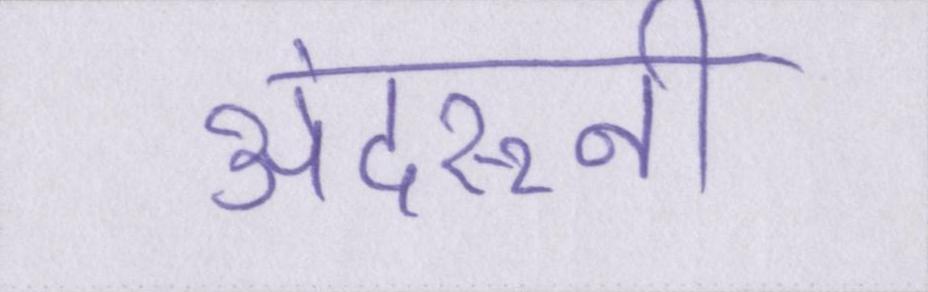
अंदरूनी